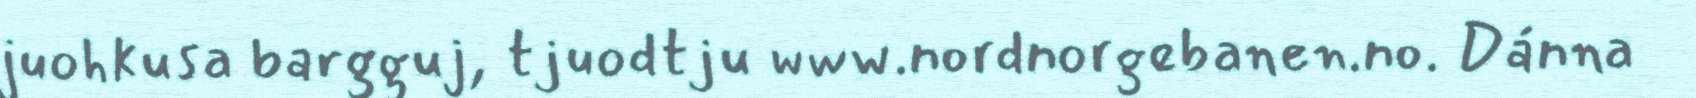
juohkusa bargguj, tjuodtju www.nordnorgebanen.no. Dánna